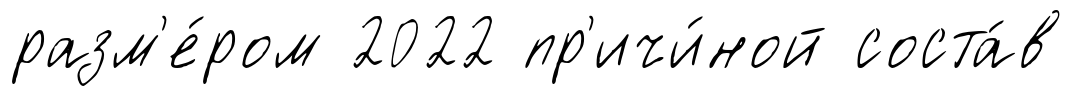
разм'е́ром 2022 пр'ичи́ной соста́в